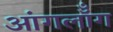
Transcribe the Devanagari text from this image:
आंगलॉँग